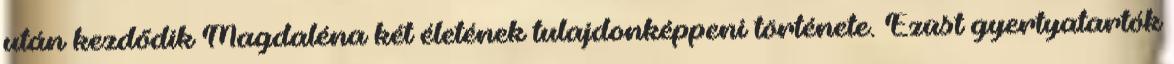
után kezdődik Magdaléna két életének tulajdonképpeni története. Ezüst gyertyatartók